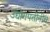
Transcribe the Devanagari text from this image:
उद्योगपतींनीच